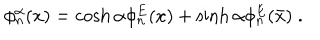
\phi _ { n } ^ { \alpha } ( x ) = \cosh \alpha \phi _ { n } ^ { E } ( x ) + \sinh \alpha \phi _ { n } ^ { E } ( \bar { x } ) \; .